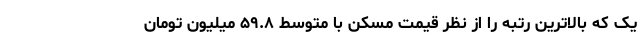
یک که بالاترین رتبه را از نظر قیمت مسکن با متوسط ۵۹.۸ میلیون تومان